Annual returns of the Patna Lunatic Asylum at Bankipore in Bihar and Orissa - 1912-1924
Year: 1912
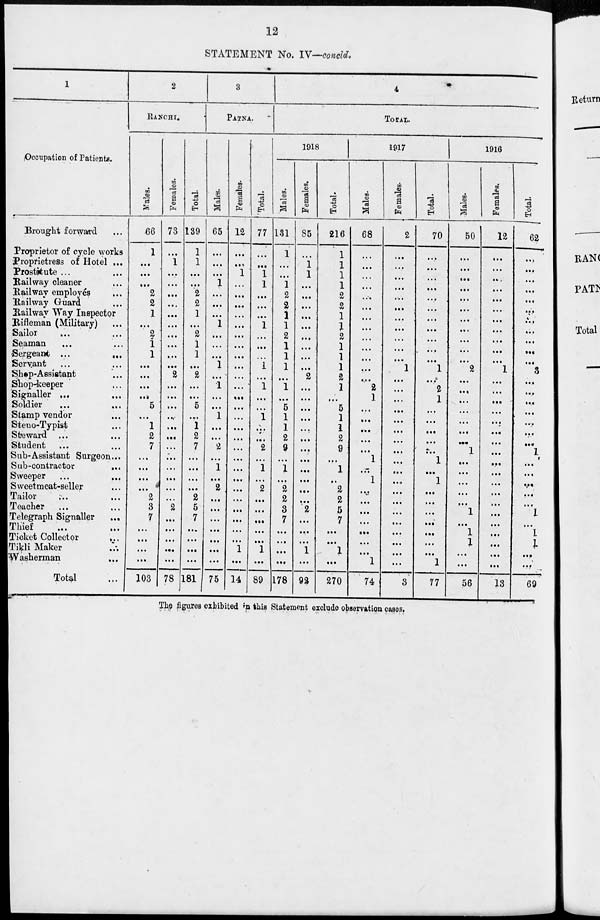
12
STATEMENT No. IV—concld.
1
Occupation of Patients.
Brought forward ...
Proprietor of cycle works
Proprietress of Hotel ...
Prostitute ... ...
Railway cleaner ...
Railway employés ...
Railway Guard ...
Railway Way Inspector
Rifleman (Military) ...
Sailor ... ...
Seaman
... ...
Sergeant ...
...
Servant ... ...
Shop-Assistant ...
Shop-keeper ...
Signaller ...
...
Soldier ... ...
Stamp vendor ...
Steno-Typist ...
Steward ... ...
Student ... ...
Sub-Assistant Surgeon ...
Sub-contractor
...
Sweeper ... ...
Sweetmeat-seller ...
Tailor ... ...
Teacher ... ...
Telegraph Signaller
...
Thief ... ...
Ticket Collector ...
Tikli Maker ...
Washerman ...
Total ...
2
RANCHI.
Males.
66
1
...
...
...
2
2
1
...
2
1
1
...
...
...
...
5
...
1
2
7
...
...
...
...
2
3
7
...
...
...
...
103
Females.
73
...
1
...
...
...
...
...
...
...
...
...
...
2
...
...
...
...
...
...
...
...
...
...
...
...
2
...
...
...
...
...
78
Total.
139
1
1
...
...
2
2
1
...
2
1
1
...
2
...
...
5
...
1
2
7
...
...
...
...
2
5
7
...
...
...
...
181
3
PATNA.
Males.
65
...
...
...
1
...
...
...
1
...
...
...
1
...
1
...
...
1
...
...
2
...
1
...
2
...
...
...
...
...
...
...
75
Females.
12
...
...
1
...
...
...
...
...
...
...
...
...
...
...
...
...
...
...
...
...
...
...
...
...
...
...
...
...
...
1
...
14
Total.
77
...
...
1
1
...
...
...
1
...
...
...
1
...
1
...
...
1
...
...
2
...
1
...
2
...
...
...
...
...
1
...
89
4
TOTAL.
1918
Males.
131
1
...
...
1
2
2
1
1
2
1
1
1
...
1
...
5
1
1
2
9
...
1
...
2
2
3
7
...
...
...
...
178
Females.
85
...
1
1
...
...
...
...
...
...
...
...
...
2
...
...
...
...
...
...
...
...
...
...
...
...
2
...
...
...
1
...
92
Total.
216
1
1
1
1
2
2
1
1
2
1
1
1
2
1
...
5
1
1
2
9
...
1
...
2
2
5
7
...
...
1
...
270
1917
Males.
68
...
...
...
...
...
...
...
...
...
...
...
...
...
2
1
...
...
...
...
...
1
...
1
...
...
...
...
...
...
...
1
74
Females.
2
...
...
...
...
...
...
...
...
...
...
...
1
...
...
...
...
...
...
...
...
...
...
...
...
...
...
...
...
...
...
...
3
Total.
70
...
...
...
...
...
...
...
...
...
...
...
1
...
2
1
...
...
...
...
...
1
...
1
...
...
...
...
...
...
...
1
77
1916
Males.
50 1
...
...
...
...
...
...
...
...
...
...
...
2
...
...
...
...
...
...
...
1
...
...
...
...
...
1
...
1
1
...
...
56
Females.
12
...
...
...
...
...
...
...
...
...
...
...
1
...
...
...
...
...
...
...
...
...
...
...
...
...
...
...
...
...
...
...
13
Total.
62
...
...
...
...
...
...
...
...
...
...
...
3
...
...
...
...
...
...
...
1
...
...
...
...
...
1
...
1
1
...
...
69
The figures exhibited in this Statement exclude observation cases.